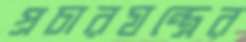
প্রচারযন্ত্রের